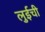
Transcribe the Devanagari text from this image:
लुईची